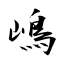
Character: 嶋